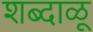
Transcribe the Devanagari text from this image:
शब्दाळू